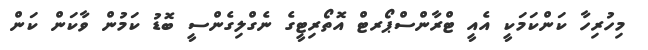
މިހުރިހާ ކަންކަމަކީ އެއީ ޓްރާންސްޕޯރޓް އޮތޯރިޓީގެ ނެގްލިގެންސީ ބޮޑު ކަމުން ވާކަން ކަން